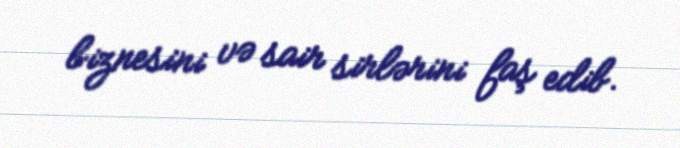
biznesini və sair sirlərini faş edib.